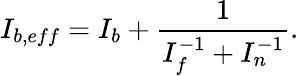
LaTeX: I_{b,eff}=I_{b}+\frac{1}{I_{f}^{-1}+I_{n}^{-1}}.